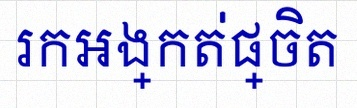
រកអង្កត់ផ្ចិត